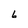
Character: 6